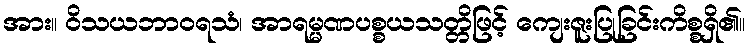
အား။ ဝိသယဘာဝရသံ၊ အာရမ္မဏပစ္စယသတ္တိဖြင့် ကျေးဇူးပြုခြင်းကိစ္စရှိ၏။